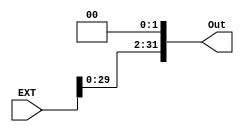
`timescale 1ns / 1ps
//////////////////////////////////////////////////////////////////////////////////
// Company: 
// Engineer: 
// 
// Design Name: 
// Module Name:    Shifter 
// Project Name: 
// Target Devices: 
// Tool versions: 
// Description: 
//
// Dependencies: 
//
// Revision: 
// Revision 0.01 - File Created
// Additional Comments: 
//
//////////////////////////////////////////////////////////////////////////////////
module Shifter(
    input wire [31:0] EXT,
	output wire [31:0] Out
    );
	assign Out = EXT << 2;
endmodule